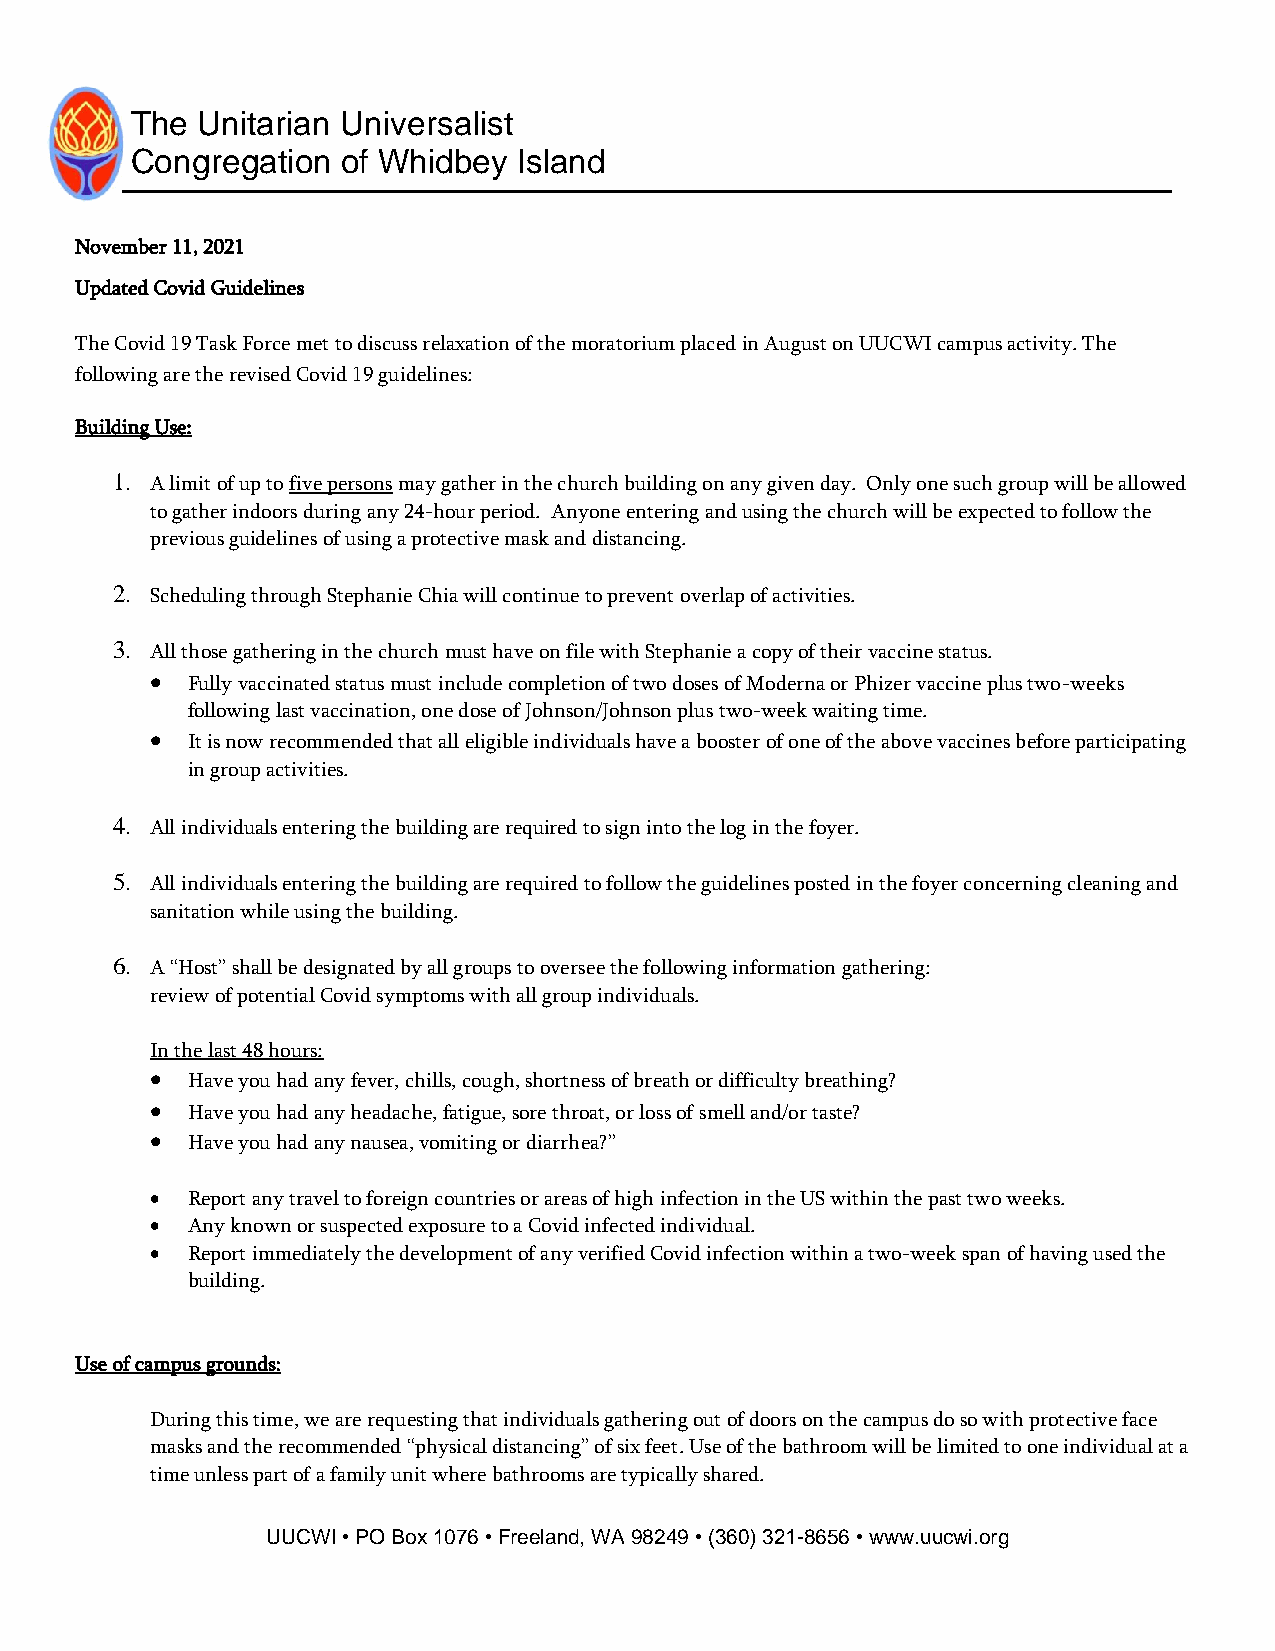
The Unitarian Universalist
 Congregation  of Whidbey Island
 November 11, 2021
 Updated Covid Guidelines
 The Covid 19 Task Force met to discuss relaxation of the moratorium placed in August on UUCWI campus activity. The
 following are the revised Covid 19 guidelines:
 Building Use:
 1. A limit of up to five persons may gather in the church building on any given day. Only one such group will be allowed
 to gather indoors during any 24-hour period. Anyone entering and using the church will be expected to follow the
 previous guidelines of using a protective mask and distancing.
 2. Scheduling through Stephanie Chia will continue to prevent overlap of activities.
 3. All those gathering in the church must have on file with Stephanie a copy of their vaccine status.
 • Fully vaccinated status must include completion of two doses of Moderna or Phizer vaccine plus two-weeks
 following last vaccination, one dose of Johnson/Johnson plus two-week waiting time.
 • It is now recommended that all eligible individuals have a booster of one of the above vaccines before participating
 in group activities.
 4. All individuals entering the building are required to sign into the log in the foyer.
 5. All individuals entering the building are required to follow the guidelines posted in the foyer concerning cleaning and
 sanitation while using the building.
 6. A “Host” shall be designated by all groups to oversee the following information gathering:
 review of potential Covid symptoms with all group individuals.
 In the last 48 hours:
 • Have you had any fever, chills, cough, shortness of breath or difficulty breathing?
 • Have you had any headache, fatigue, sore throat, or loss of smell and/or taste?
 • Have you had any nausea, vomiting or diarrhea?”
 • Report any travel to foreign countries or areas of high infection in the US within the past two weeks.
 • Any known or suspected exposure to a Covid infected individual.
 • Report immediately the development of any verified Covid infection within a two-week span of having used the
 building.
 Use of campus grounds:
 During this time, we are requesting that individuals gathering out of doors on the campus do so with protective face
 masks and the recommended “physical distancing” of six feet. Use of the bathroom will be limited to one individual at a
 time unless part of a family unit where bathrooms are typically shared.
 UUCWI • PO Box 1076 • Freeland, WA 98249 • (360) 321-8656 • www.uucwi.org